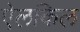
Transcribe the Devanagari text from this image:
ऐलकिल